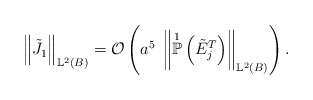
\begin{align*}\left\Vert \tilde{J_{1}} \right\Vert_{\mathbb{L}^{2}(B)} = \mathcal{O}\left(a^{5} \; \left\Vert \overset{1}{\mathbb{P}}\left(\tilde{E}_{j}^{T}\right) \right\Vert_{\mathbb{L}^{2}(B)} \right).\end{align*}